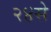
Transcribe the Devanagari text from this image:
२४से